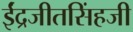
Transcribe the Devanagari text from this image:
ईंद्रजीतसिंहजी